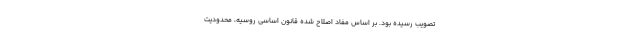
تصویب رسیده بود. بر اساس مفاد اصلاح شده قانون اساسی روسیه، محدودیت